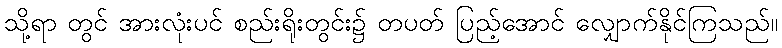
သို့ရာ တွင် အားလုံးပင် စည်းရိုးတွင်း၌ တပတ် ပြည့်အောင် လျှောက်နိုင်ကြသည်။